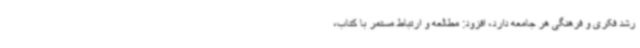
رشد فکری و فرهنگی هر جامعه دارد، افزود: مطالعه و ارتباط مستمر با کتاب،